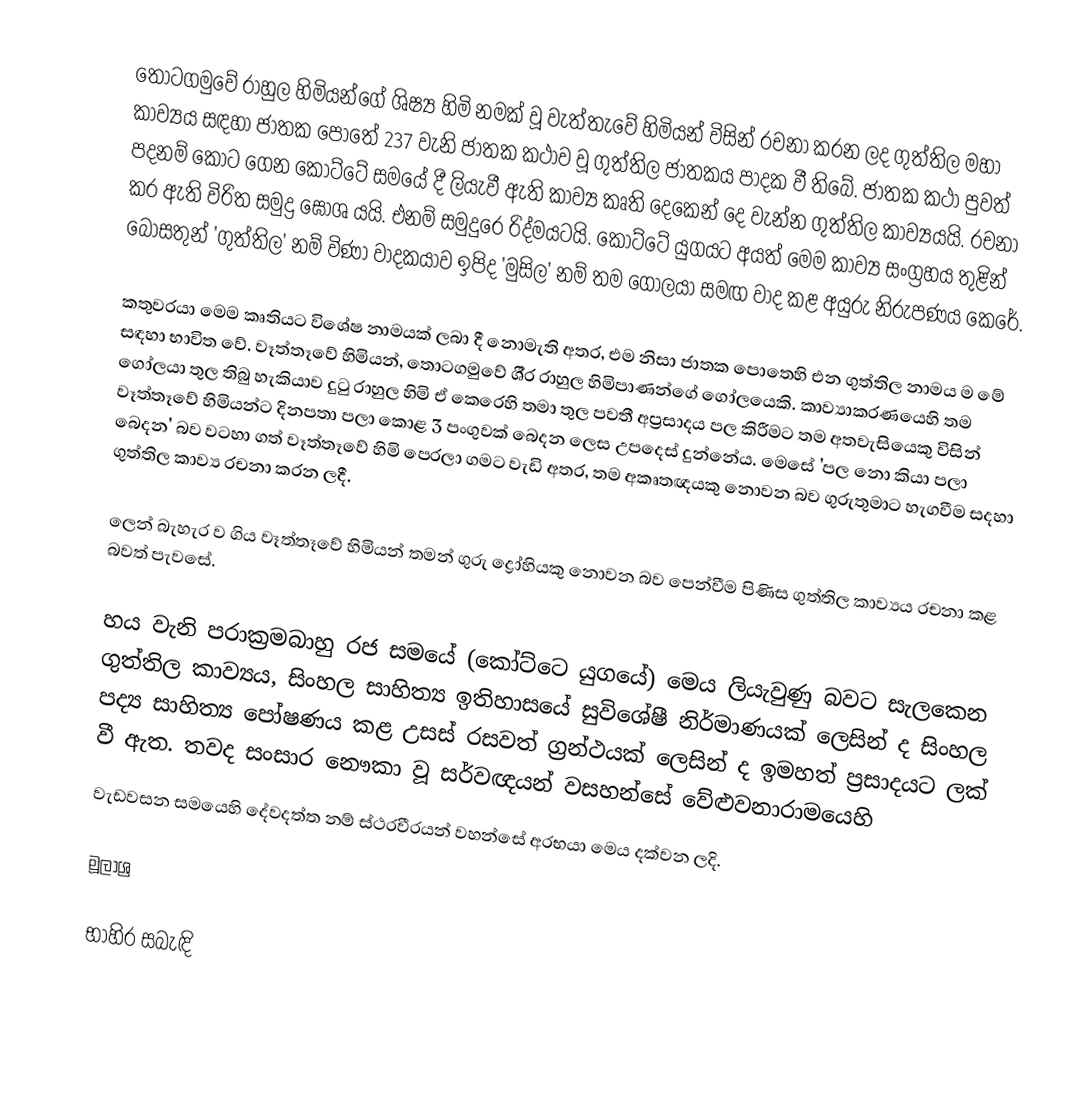
තොටගමුවේ රාහුල හිමියන්ගේ ශිෂ්‍ය හිමි නමක් වූ වැත්තැවේ හිමියන් විසින් රචනා කරන ලද ගුත්තිල මහා කාව්‍යය සඳහා ජාතක පොතේ 237 වැනි ජාතක කථාව වූ ගුත්තිල ජාතකය පාදක වී තිබේ. ජාතක කථා පුවත් පදනම් කොට ගෙන කෝට්ටේ සමයේ දී ලියැවී ඇති කාව්‍ය කෘති දෙකෙන් දෙ වැන්න ගුත්තිල කාව්‍යයයි. රචනා කර ඇති විරිත සමුද්‍ර ඝෝශ යයි. එනම් සමුදුරෙ රිද්මයටයි.  කෝට්ටේ යුගයට අයත් මෙම කාව්‍ය සංග්‍රහය තුළින් බෝසතුන් 'ගුත්තිල' නම් විණා වාදකයාව ඉපිද 'මුසිල' නම් තම ගෝලයා සමඟ වාද කළ අයුරු නිරුපණය කෙරේ.

කතුවරයා මෙම කෘතියට විශේෂ නාමයක් ලබා දී නොමැති අතර, එම නිසා ජාතක පොතෙහි එන ගුත්තිල නාමය ම මේ සඳහා භාවිත වේ. වෑත්තෑවේ හිමියන්, තොටගමුවේ ශී‍්‍ර රාහුල හිමිපාණන්ගේ  ගෝලයෙකි. කාව්‍යාකරණයෙහි තම ගෝලයා තුල තිබු හැකියාව දුටු රාහුල හිමි ඒ කෙරෙහි තමා තුල පවතී අප්‍රසාදය පල කිරීමට තම අතවැසියෙකු විසින් වෑත්තෑවේ හිමියන්ට දිනපතා පලා කොළ 3 පංගුවක් බෙදන ලෙස උපදෙස් දුන්නේය. මෙසේ 'පල නො කියා පලා බෙදන' බව වටහා ගත් වෑත්තෑවේ හිමි පෙරලා ගමට වැඩි අතර, තම අකෘතඥයකු නොවන බව ගුරුතුමාට හැගවීම සදහා ගුත්තිල කාව්‍ය රචනා කරන ලදී.

ලෙන් බැහැර ව ගිය වෑත්තෑවේ හිමියන් තමන් ගුරු ද්‍රෝහියකු නොවන බව පෙන්වීම පිණිස ගුත්තිල කාව්‍යය රචනා කළ බවත් පැවසේ.

හය වැනි පරාක‍්‍රමබාහු රජ සමයේ (කෝට්ටෙ යුගයේ) මෙය ලියැවුණු බවට සැලකෙන ගුත්තිල කාව්‍යය,  සිංහල සාහිත්‍ය ඉතිහාසයේ සුවිශේෂී නිර්මාණයක් ලෙසින් ද සිංහල පද්‍ය සාහිත්‍ය පෝෂණය කළ උසස් රසවත් ග‍්‍රන්ථයක් ලෙසින් ද ඉමහත් ප‍්‍රසාදයට ලක් වී ඇත. තවද සංසාර නෞකා වූ සර්වඥයන් වසහන්සේ වේළුවනාරාමයෙහි
වැඩවසන සමයෙහි දේවදත්ත නම් ස්ථරවීරයන් වහන්සේ අරභයා මෙය දක්වන ලදි.

මූලාශ්‍ර

භාහිර සබැඳි